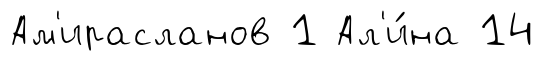
Ам'ирасланов 1 Ал'и́на 14